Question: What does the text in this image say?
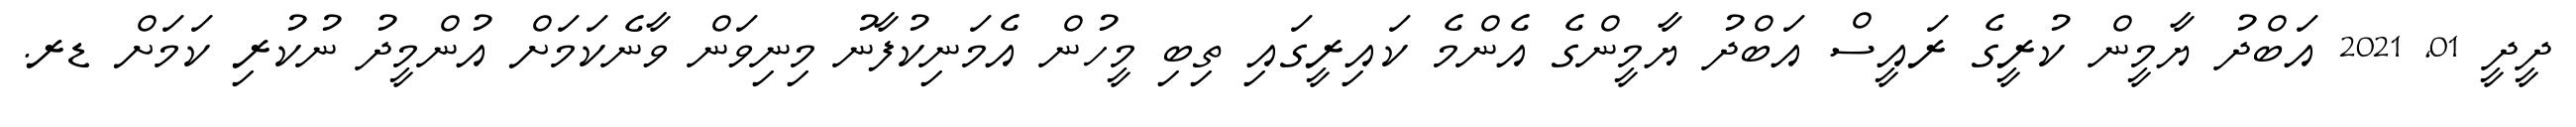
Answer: ދީދީ 01, 2021 އަބްދު ޔާމީން ކުރީގެ ރައީސް އަބްދު ޔާމީންގެ އެންމެ ކައިރީގައި ތިބި މީހުން އެމަނިކުފާނު މިނިވަން ވާނެކަމަށް އުންމީދު ނުކުރި ކަމަށް ޑރ.